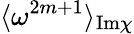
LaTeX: \langle\omega^{2m+1}\rangle_{\mathrm{Im}\chi}